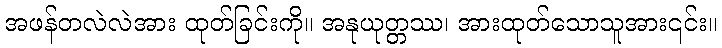
အဖန်တလဲလဲအား ထုတ်ခြင်းကို။ အနုယုတ္တဿ၊ အားထုတ်သောသူအား၎င်း။